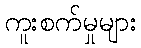
ကူးစက်မှုများ